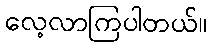
လေ့လာကြပါတယ်။